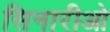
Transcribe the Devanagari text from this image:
सिनारीओ